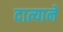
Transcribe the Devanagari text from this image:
दात्याने